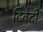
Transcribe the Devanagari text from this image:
दिवेदी